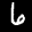
Label: 6